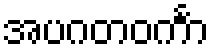
အပဂတဝင်္ကာ